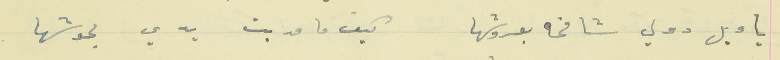
يا ويل دولي شامخه بعروشها                    كيف ما مديت يدي بحوشها